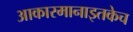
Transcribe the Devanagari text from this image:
आकारमानाइतकेच